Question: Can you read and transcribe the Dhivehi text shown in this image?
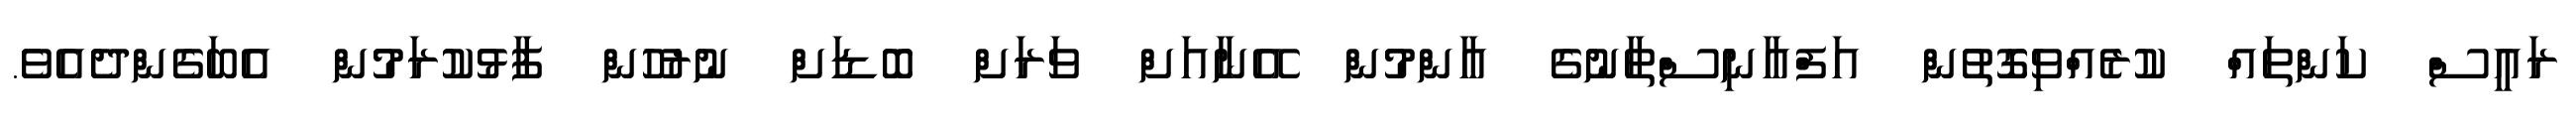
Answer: ރައީސް ކަންތައް ކުރެއްވިގޮތުން އަފްޣާނިސްތާނުގެ އާންމުން އޭނާއަށް ވަރަށް ބޮޑަށް ނުރުހުން ފާޅުކުރަމުން އެބަގެންދެއެވެ.